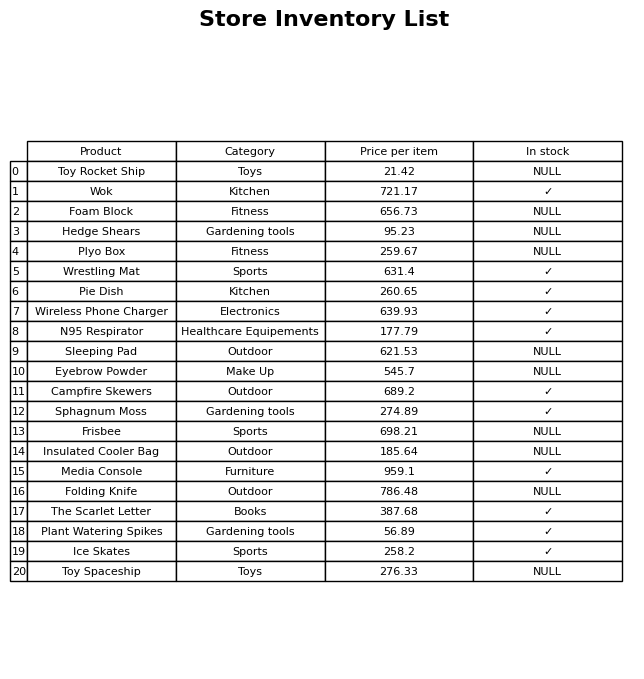
question: What is the price of the Media Console?
answer: The price of Media Console is 959.1.